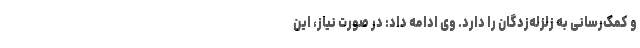
و کمک‌رسانی به زلزله‌زدگان را دارد. وی ادامه داد: در صورت نیاز، این